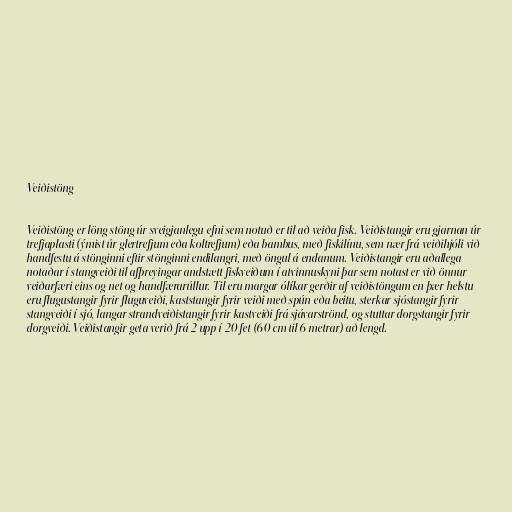
Veiðistöng

Veiðistöng er löng stöng úr sveigjanlegu efni sem notuð er til að veiða fisk. Veiðistangir eru gjarnan úr
trefjaplasti (ýmist úr glertrefjum eða koltrefjum) eða bambus, með fiskilínu, sem nær frá veiðihjóli við
handfestu á stönginni eftir stönginni endilangri, með öngul á endanum. Veiðistangir eru aðallega
notaðar í stangveiði til afþreyingar andstætt fiskveiðum í atvinnuskyni þar sem notast er við önnur
veiðarfæri eins og net og handfærarúllur. Til eru margar ólíkar gerðir af veiðistöngum en þær helstu
eru flugustangir fyrir fluguveiði, kaststangir fyrir veiði með spún eða beitu, sterkar sjóstangir fyrir
stangveiði í sjó, langar strandveiðistangir fyrir kastveiði frá sjávarströnd, og stuttar dorgstangir fyrir
dorgveiði. Veiðistangir geta verið frá 2 upp í 20 fet (60 cm til 6 metrar) að lengd.